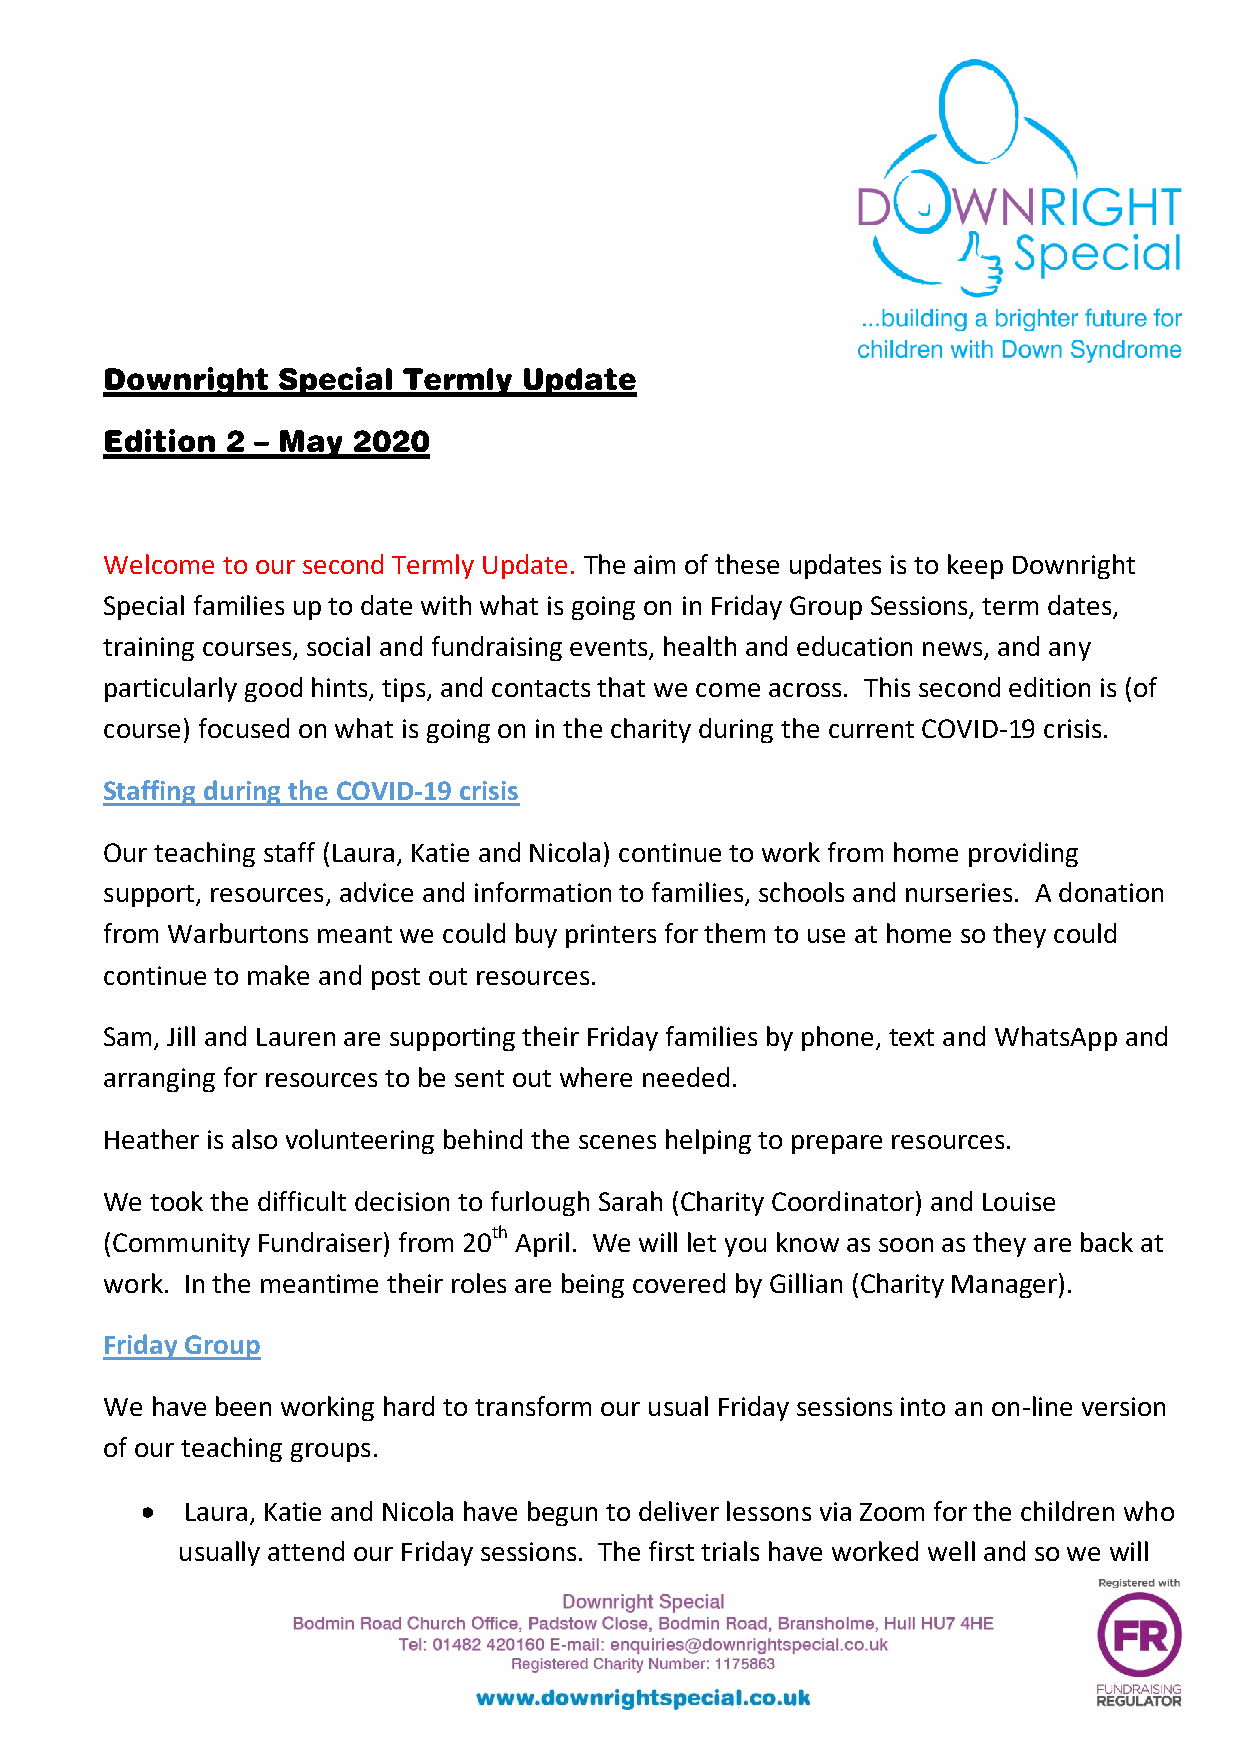
Welcome to our second Termly Update. The aim of these updates is to keep Downright
 Special families up to date with what is going on in Friday Group Sessions, term dates,
 training courses, social and fundraising events, health and education news, and any
 particularly good hints, tips, and contacts that we come across. This second edition is (of
 course) focused on what is going on in the charity during the current COVID-19 crisis.
 Staffing during the COVID-19 crisis
 Our teaching staff (Laura, Katie and Nicola) continue to work from home providing
 support, resources, advice and information to families, schools and nurseries. A donation
 from Warburtons meant we could buy printers for them to use at home so they could
 continue to make and post out resources.
 Sam, Jill and Lauren are supporting their Friday families by phone, text and WhatsApp and
 arranging for resources to be sent out where needed.
 Heather is also volunteering behind the scenes helping to prepare resources.
 We took the difficult decision to furlough Sarah (Charity Coordinator) and Louise
 (Community Fundraiser) from 20th April. We will let you know as soon as they are back at
 work. In the meantime their roles are being covered by Gillian (Charity Manager).
 Friday Group
 We have been working hard to transform our usual Friday sessions into an on-line version
 of our teaching groups.
   Laura, Katie and Nicola have begun to deliver lessons via Zoom for the children who
 usually attend our Friday sessions. The first trials have worked well and so we will